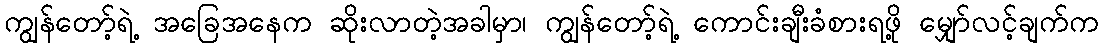
ကျွန်တော့်ရဲ့ အခြေအနေက ဆိုးလာတဲ့အခါမှာ၊ ကျွန်တော့်ရဲ့ ကောင်းချီးခံစားရဖို့ မျှော်လင့်ချက်က